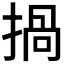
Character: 𢰸